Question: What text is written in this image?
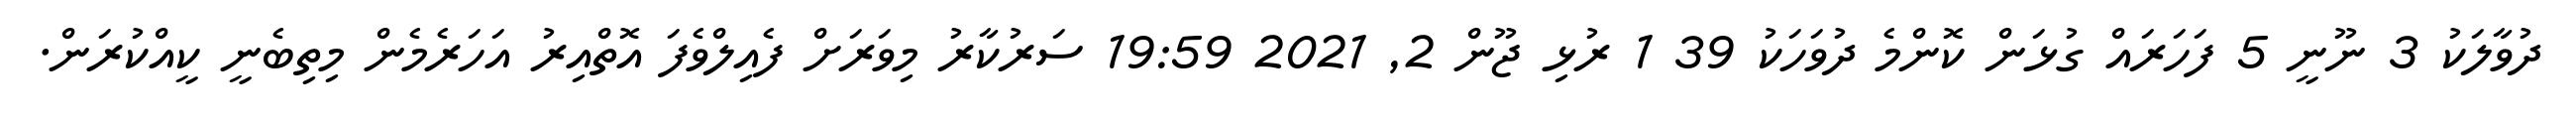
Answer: ދުވާލަކު 3 ނޫނީ 5 ފަހަރައް ގުޅަން ކޮންމެ ދުވަހަކު 39 1 ރުޅި ޖޫން 2, 2021 19:59 ސަރުކާރު މިވަރަށް ފެއިލްވެފަ އޮތްއިރު އަހަރެމެން މިތިބެނީ ކީއްކުރަން.